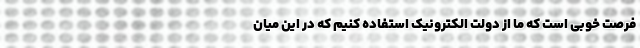
فرصت خوبی است که ما از دولت الکترونیک استفاده کنیم که در این میان